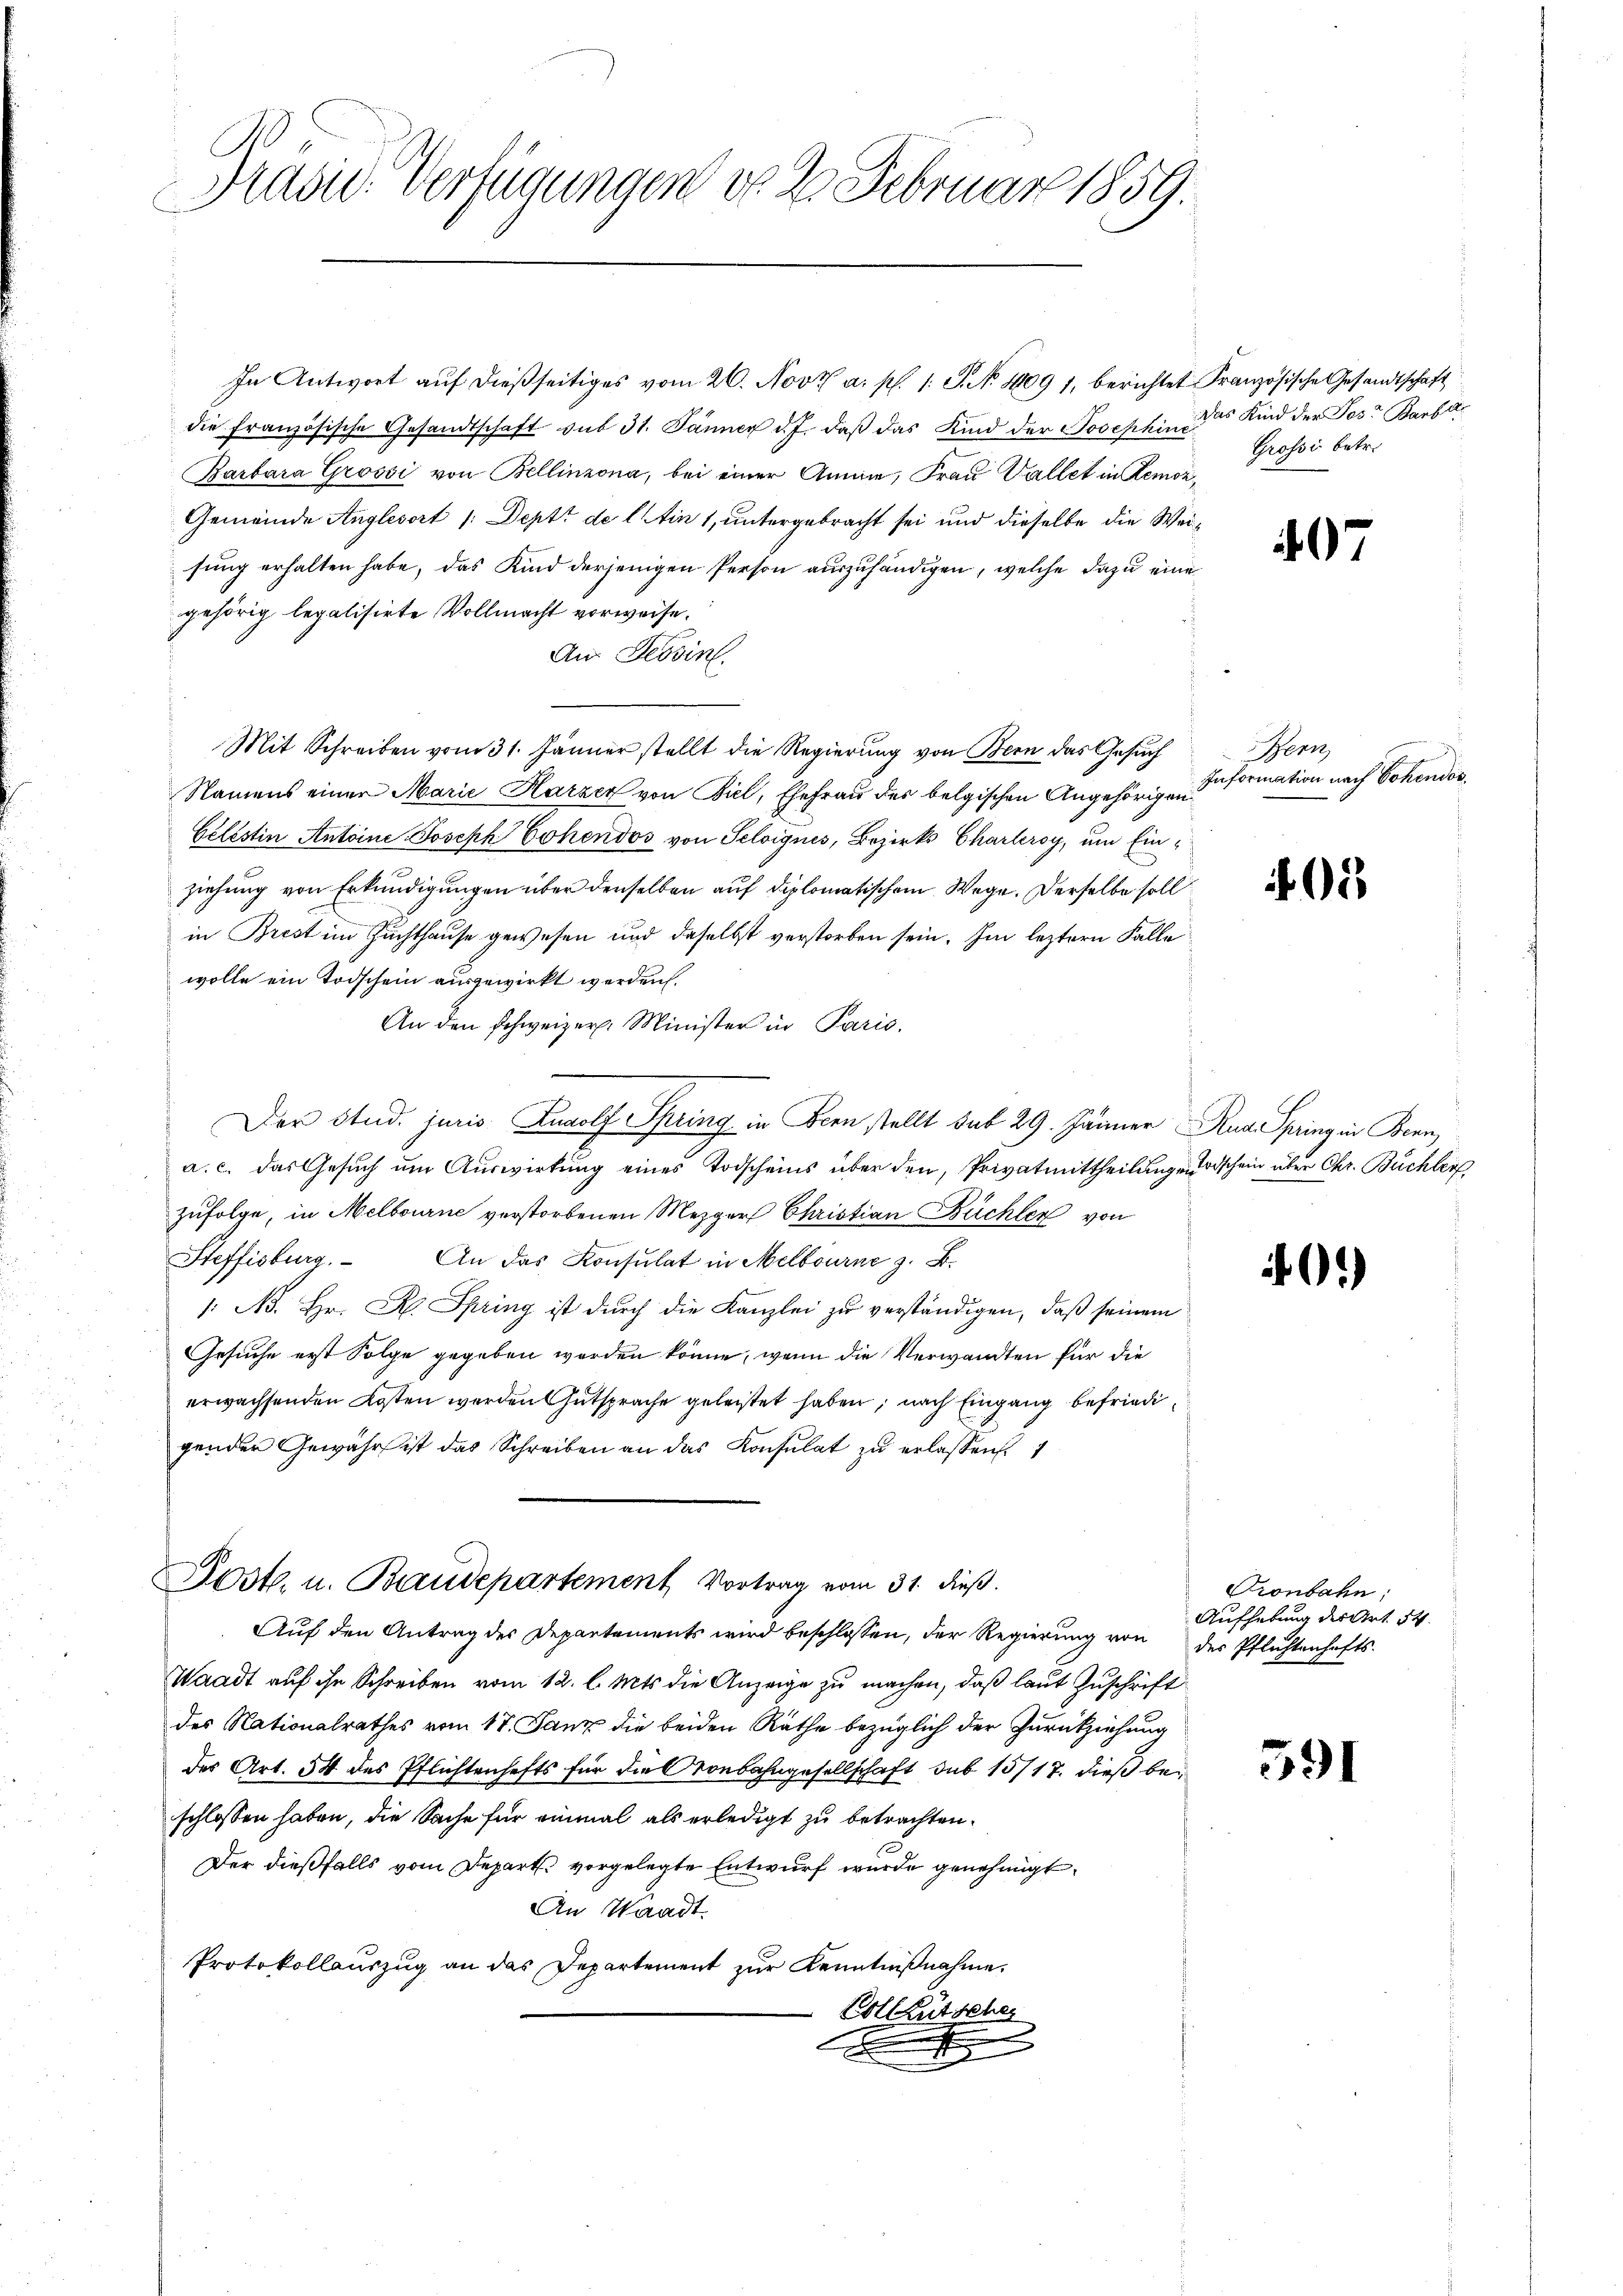
Präsid. Verfügungen do 2. Februar 1859.

In Antwort auf dießseitiges vom 26. Nov. a. p. 1. J. No 14091, berichtet
die französische Gesandtschaft sub 31. Jänner d. J. daß das Kind der Josephine
Barbara Grossi von Bellinzona, bei einer Ammann, Frau Vallet in Remon¬
Gemeinde Anglesort /: Deptt de lin 1, untergebracht sei und dieselbe die Wesung erhalten habe, das Kind derjenigen Person auszuhändigen, welche dazu eine
gehörig legalisirte Vollmacht vorweise.
An Tessin.
Mit Schreiben vom 31. Jänner stellt die Regierung von Bern das Gesuch
Namens einer Marie Harzer von Biel, Ehefrau des belgischen Angehörigen
Celestin Antoine Joseph Cohendos von Seloignes, Bezirks Charteroy, um Einziehung von Erkundigungen über denselben auf diplomatischem Wege. Derselbe soll
in Brest im Zuchthause gewesen und daselbst verstorben sein. Im leztern Falle
wolle ein Todschein ausgewirkt werden.
An den Schweizer. Minister in Paris.
Der Stud. juris Rudolf Spring in Bern stellt sub 29. Jänner Rud. Spring in Bern,
a. c. das Gesuch um Auswirkung eines Todscheins über den, Privatmittheilungen schein über Chr. Büchler
zufolge, in Melbourne verstorbenen Mezger Christian Büchler von
Steffisburg. An das Konsulat in Melbourne z. B.
1: N. Hr. K. Spring ist durch die Kanzlei zu verständigen, daß seinem
Gesuche erst Folge gegeben worden könne, wenn die Verwandten für die
erwachsenden Kosten werden Gutsprache geleistet haben, nach Eingang befriedigender Gewähr ist das Schreiben an das Konsulat zŭ erlassen.
Poste. u. Baudepartement Vortrag vom 31. dieß.
Auf den Antrag des Departements wird beschlossen, der Regierung von der Pflichtenhafts-
Waadt auf ihn Schreiben vom 12. l. Mts. die Anzeige zu machen, daß laut Zuschrift
des Nationalrathes vom 17. Janz die beiden Räthe bezüglich der Zurückziehung
der Art. 54 des Pflichtenhafts für die Kronbahngesellschaft sub 15/17. dieß bei
schlossen haben, die Sache für einmal als erledigt zu betrachten.
Der dießfalls vom Depart vorgelegte Entwurf wurde genehmigt.
An Waadt.
Protokollauszug an das Departement zŭr Kenntniβnahme.
Colleütscher
.
.

Französische Gesandtschaft
Das Kind der Jos. Barbare
Grossi betr.

07

Bern,
Information nach Cohendos.

1

.)

Pronbahn;
Aufhebung des Art. 54.

591